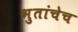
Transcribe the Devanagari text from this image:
भुतांचेच